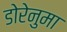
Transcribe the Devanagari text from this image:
डोरेनुमा